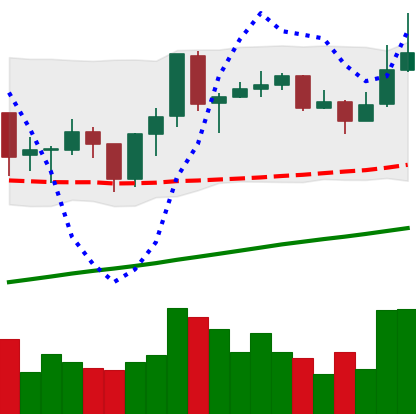
Ticker: ADA-USD
Chart end date: 2019-06-23
Forward return: -7.604%
Label: down_7plus